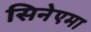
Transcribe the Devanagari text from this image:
सिनेएमा